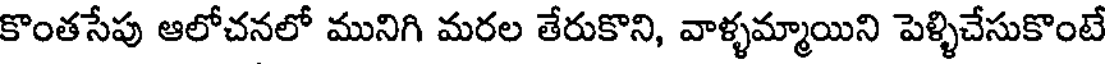
కొంతసేపు ఆలోచనలో మునిగి మరల తేరుకొని, వాళ్ళమ్మాయిని పెళ్ళిచేసుకొంటే